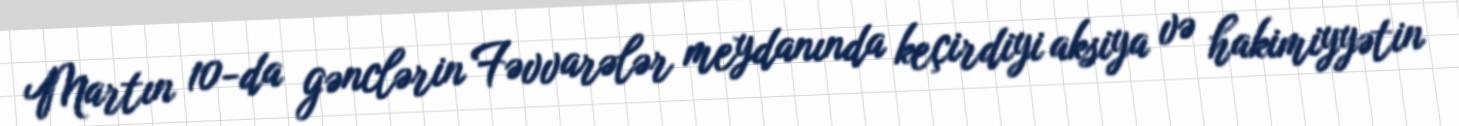
Martın 10-da gənclərin Fəvvarələr meydanında keçirdiyi aksiya və hakimiyyətin